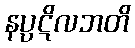
နပ္ပဋိလဘတိ